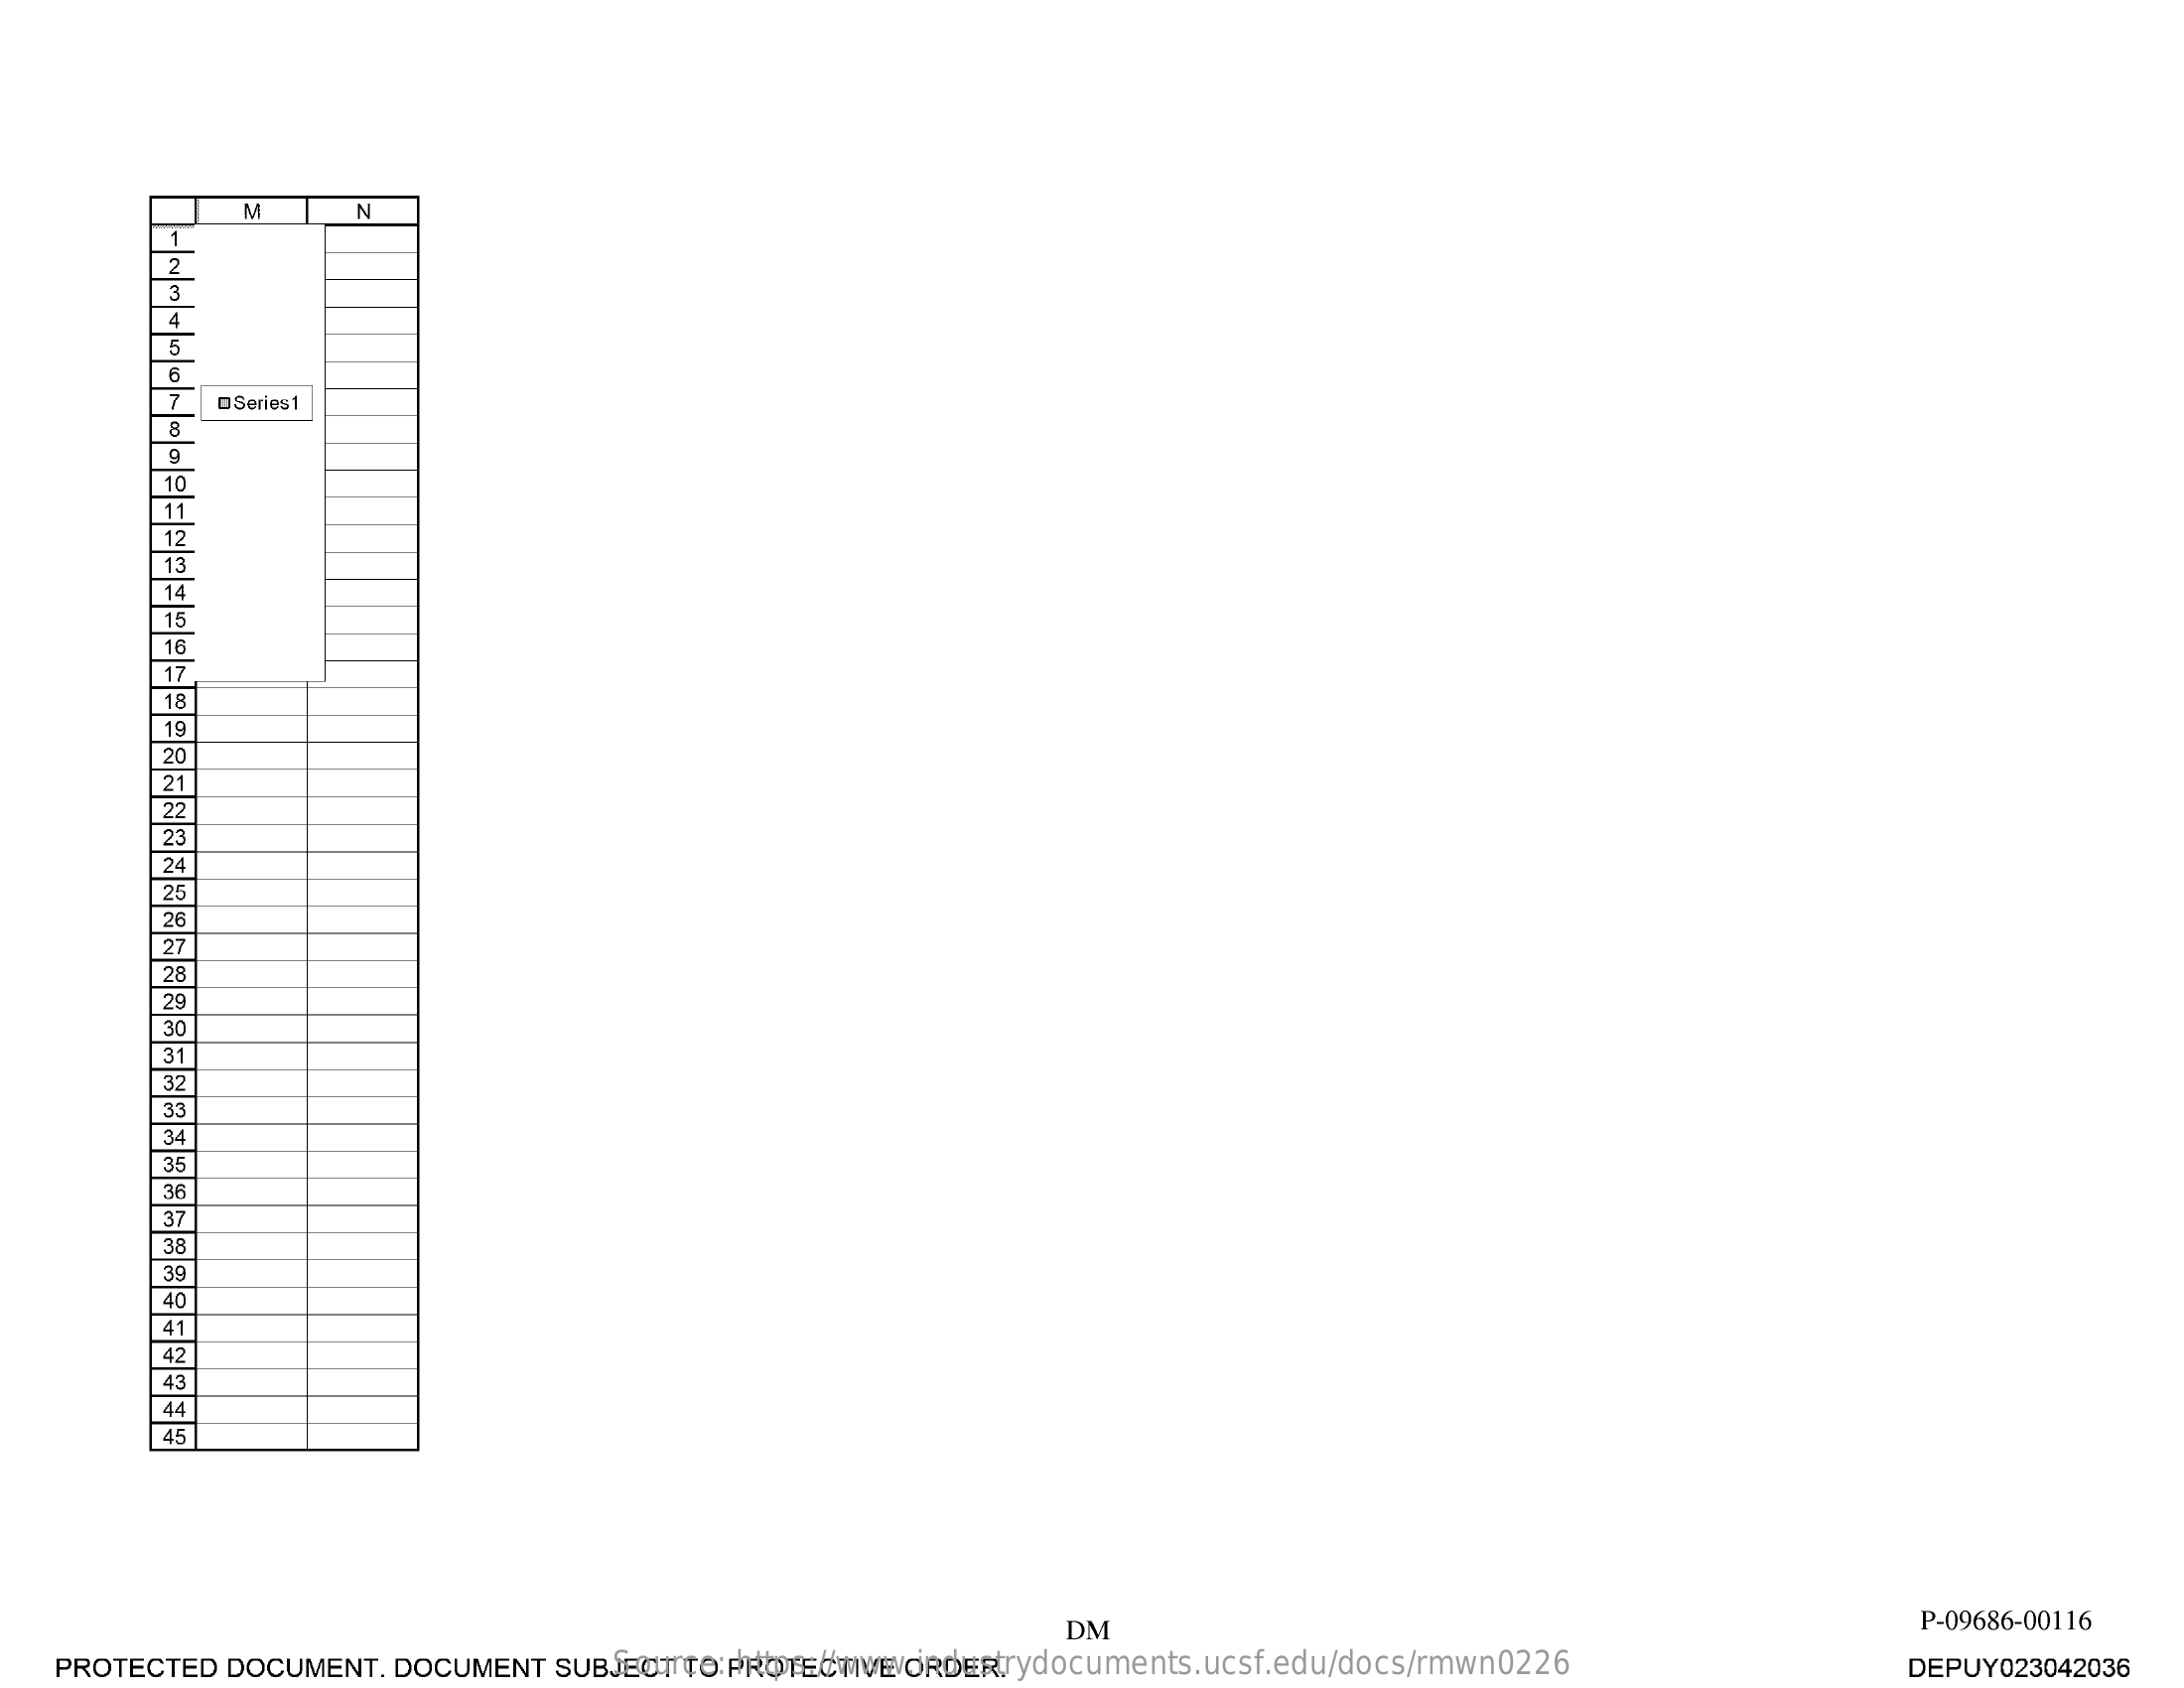
M    N
     @Series1
     23
     25
     36
     38
     40
     43
     45
     DM    P-09686-00116
     Source: https://www.industrydocuments.ucsf.edu/docs/rmwn0226 PROTECTED DOCUMENT. DOCUMENT SUBJECT TO PROTECTIVE ORDER. DEPUY023042036